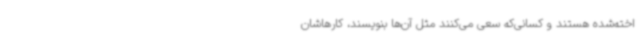
اخته‌شده هستند و کسانی‌که سعی می‌کنند مثل آن‌ها بنویسند، کارهاشان